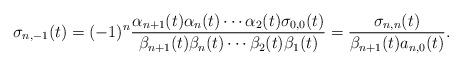
LaTeX: \begin{align*} \sigma_{n,-1}(t) = (-1)^n \frac{\alpha_{n+1}(t) \alpha_{n} (t)\cdots \alpha_{2}(t) \sigma_{0,0}(t)}{\beta_{n+1}(t)\beta_{n}(t) \cdots \beta_{2}(t)\beta_{1}(t)}= \frac{\sigma_{n,n}(t)}{\beta_{n+1}(t)a_{n,0}(t)}.\end{align*}